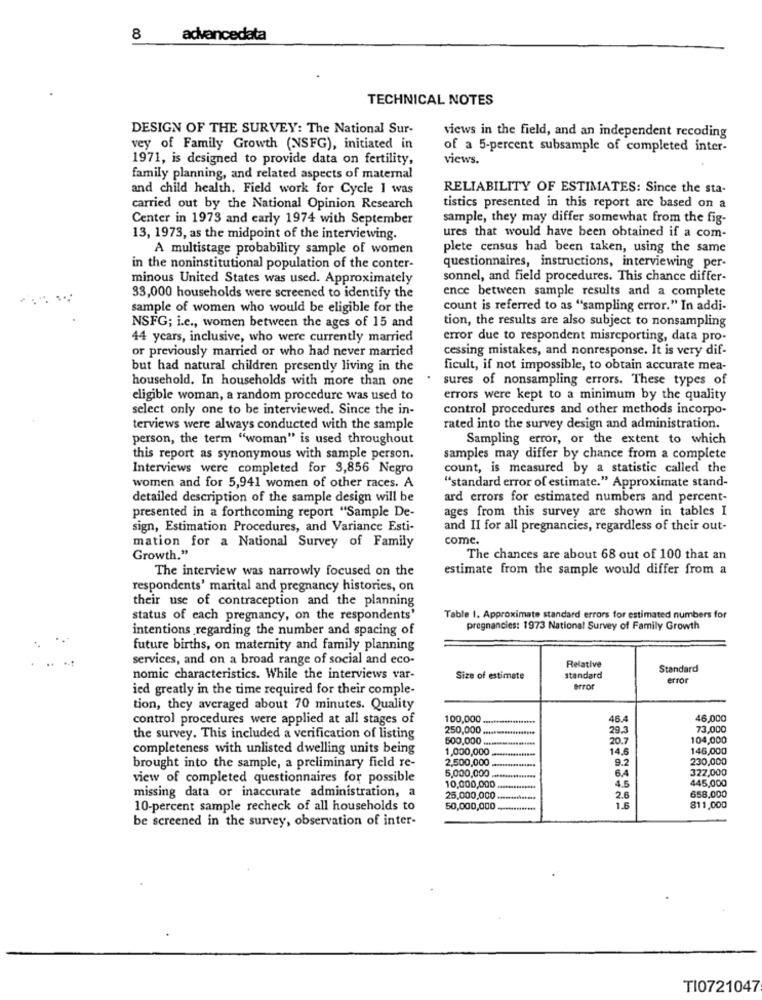
8
advancedata
TECHNICAL NOTES
DESIGN OF THE SURVEY: The National Sur-
views in the field, and an independent recoding
vey of Family Growth (NSFG), initiated in
of a 5-percent subsample of completed inter-
1971, is designed to provide data on fertility,
views.
family planning, and related aspects of maternal
and child health. Field work for Cycle 1 was
RELIABILITY OF ESTIMATES: Since the sta-
carried out by the National Opinion Research
tistics presented in this report are based on a
Center in 1973 and carly 1974 with September
sample, they may differ somewhat from the fig-
13, 1973, as the midpoint of the interviewing.
ures that would have been obtained if a com-
A multistage probability sample of women
plete census had been taken, using the same
in the noninstitutional population of the conter-
questionnaires, instructions, interviewing per-
minous United States was used. Approximately
sonnel, and field procedures. This chance differ-
ence between sample results and a complete
33,000 households were screened to identify the
sample of women who would be eligible for the
count is referred to as "sampling error." In addi-
tion, the results are also subject to nonsampling
NSFG; i.e ., women between the ages of 15 and
44 years, inclusive, who were currently married
error due to respondent misreporting, data pro-
or previously married or who had never married
cessing mistakes, and nonresponse. It is very dif-
but had natural children presently living in the
ficult, if not impossible, to obtain accurate mea-
household. In households with more than one
sures of nonsampling errors. These types of
eligible woman, a random procedure was used to
errors were kept to a minimum by the quality
select only one to be interviewed. Since the in-
control procedures and other methods incorpo-
terviews were always conducted with the sample
rated into the survey design and administration.
person, the term "woman" is used throughout
Sampling error, or the extent to which
this report as synonymous with sample person.
samples may differ by chance from a complete
Interviews were completed for 3,856 Negro
count, is measured by a statistic called the
women and for 5,941 women of other races. A
"standard error of estimate." Approximate stand-
detailed description of the sample design will be
ard errors for estimated numbers and percent-
presented in a forthcoming report "Sample De-
ages from this survey are shown in tables I
sign, Estimation Procedures, and Variance Esti-
and II for all pregnancies, regardless of their out-
mation for a National Survey of Family
come.
Growth."
The chances are about 68 out of 100 that an
The interview was narrowly focused on the
estimate from the sample would differ from a
respondents' marital and pregnancy histories, on
their use of contraception and the planning
status of each pregnancy, on the respondents'
Table 1. Approximate standard errors for estimated numbers for
intentions regarding the number and spacing of
pregnancies: 1973 National Survey of Family Growth
future births, on maternity and family planning
services, and on a broad range of social and eco-
Relative
Standard
nomic characteristics. While the interviews var-
Size of estimate
standard
error
ied greatly in the time required for their comple-
error
tion, they averaged about 70 minutes. Quality
control procedures were applied at all stages of
100,000
46,000
250,000 ..
29.3
73,000
the survey. This included a verification of listing
500,000
20.7
104,000
completeness with unlisted dwelling units being
1,000,000
14.6
146,000
2,500,000
9.2
230,000
brought into the sample, a preliminary field re-
5,000,000
6.4
322,000
view of completed questionnaires for possible
4.5
445,000
10,000,000
2.6
missing data or inaccurate administration, a
25,000,000
658,000
10-percent sample recheck of all households to
50,000,000
........
1.6
811,000
be screened in the survey, observation of inter-
TI0721047